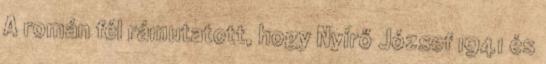
A román fél rámutatott, hogy Nyírő József 1941 és